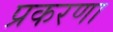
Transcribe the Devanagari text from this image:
प्रकरणा